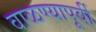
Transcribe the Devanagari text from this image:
वाळण्यापूर्वी